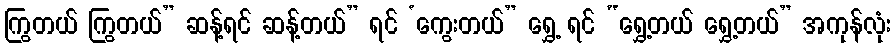
ကြွတယ် ကြွတယ်” ဆန့်ရင် ဆန့်တယ်” ရင် ‘ကွေးတယ်” ရွှေ့ ရင် “ရွှေ့တယ် ရွှေ့တယ်” အကုန်လုံး